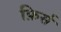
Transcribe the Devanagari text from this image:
फ़िर्स